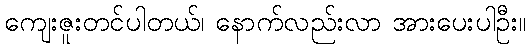
ကျေးဇူးတင်ပါတယ်၊ နောက်လည်းလာ အားပေးပါဦး။